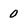
Character: 0